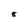
Character: 8